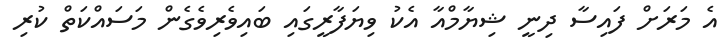
އެ މަރަށް ފައިސާ ދިނީ ޝިޔާމްއާ އެކު ވިޔަފާރީގައި ބައިވެރިވެގެން މަސައްކަތް ކުރި